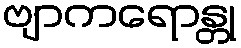
ဗျာကရောန္တု